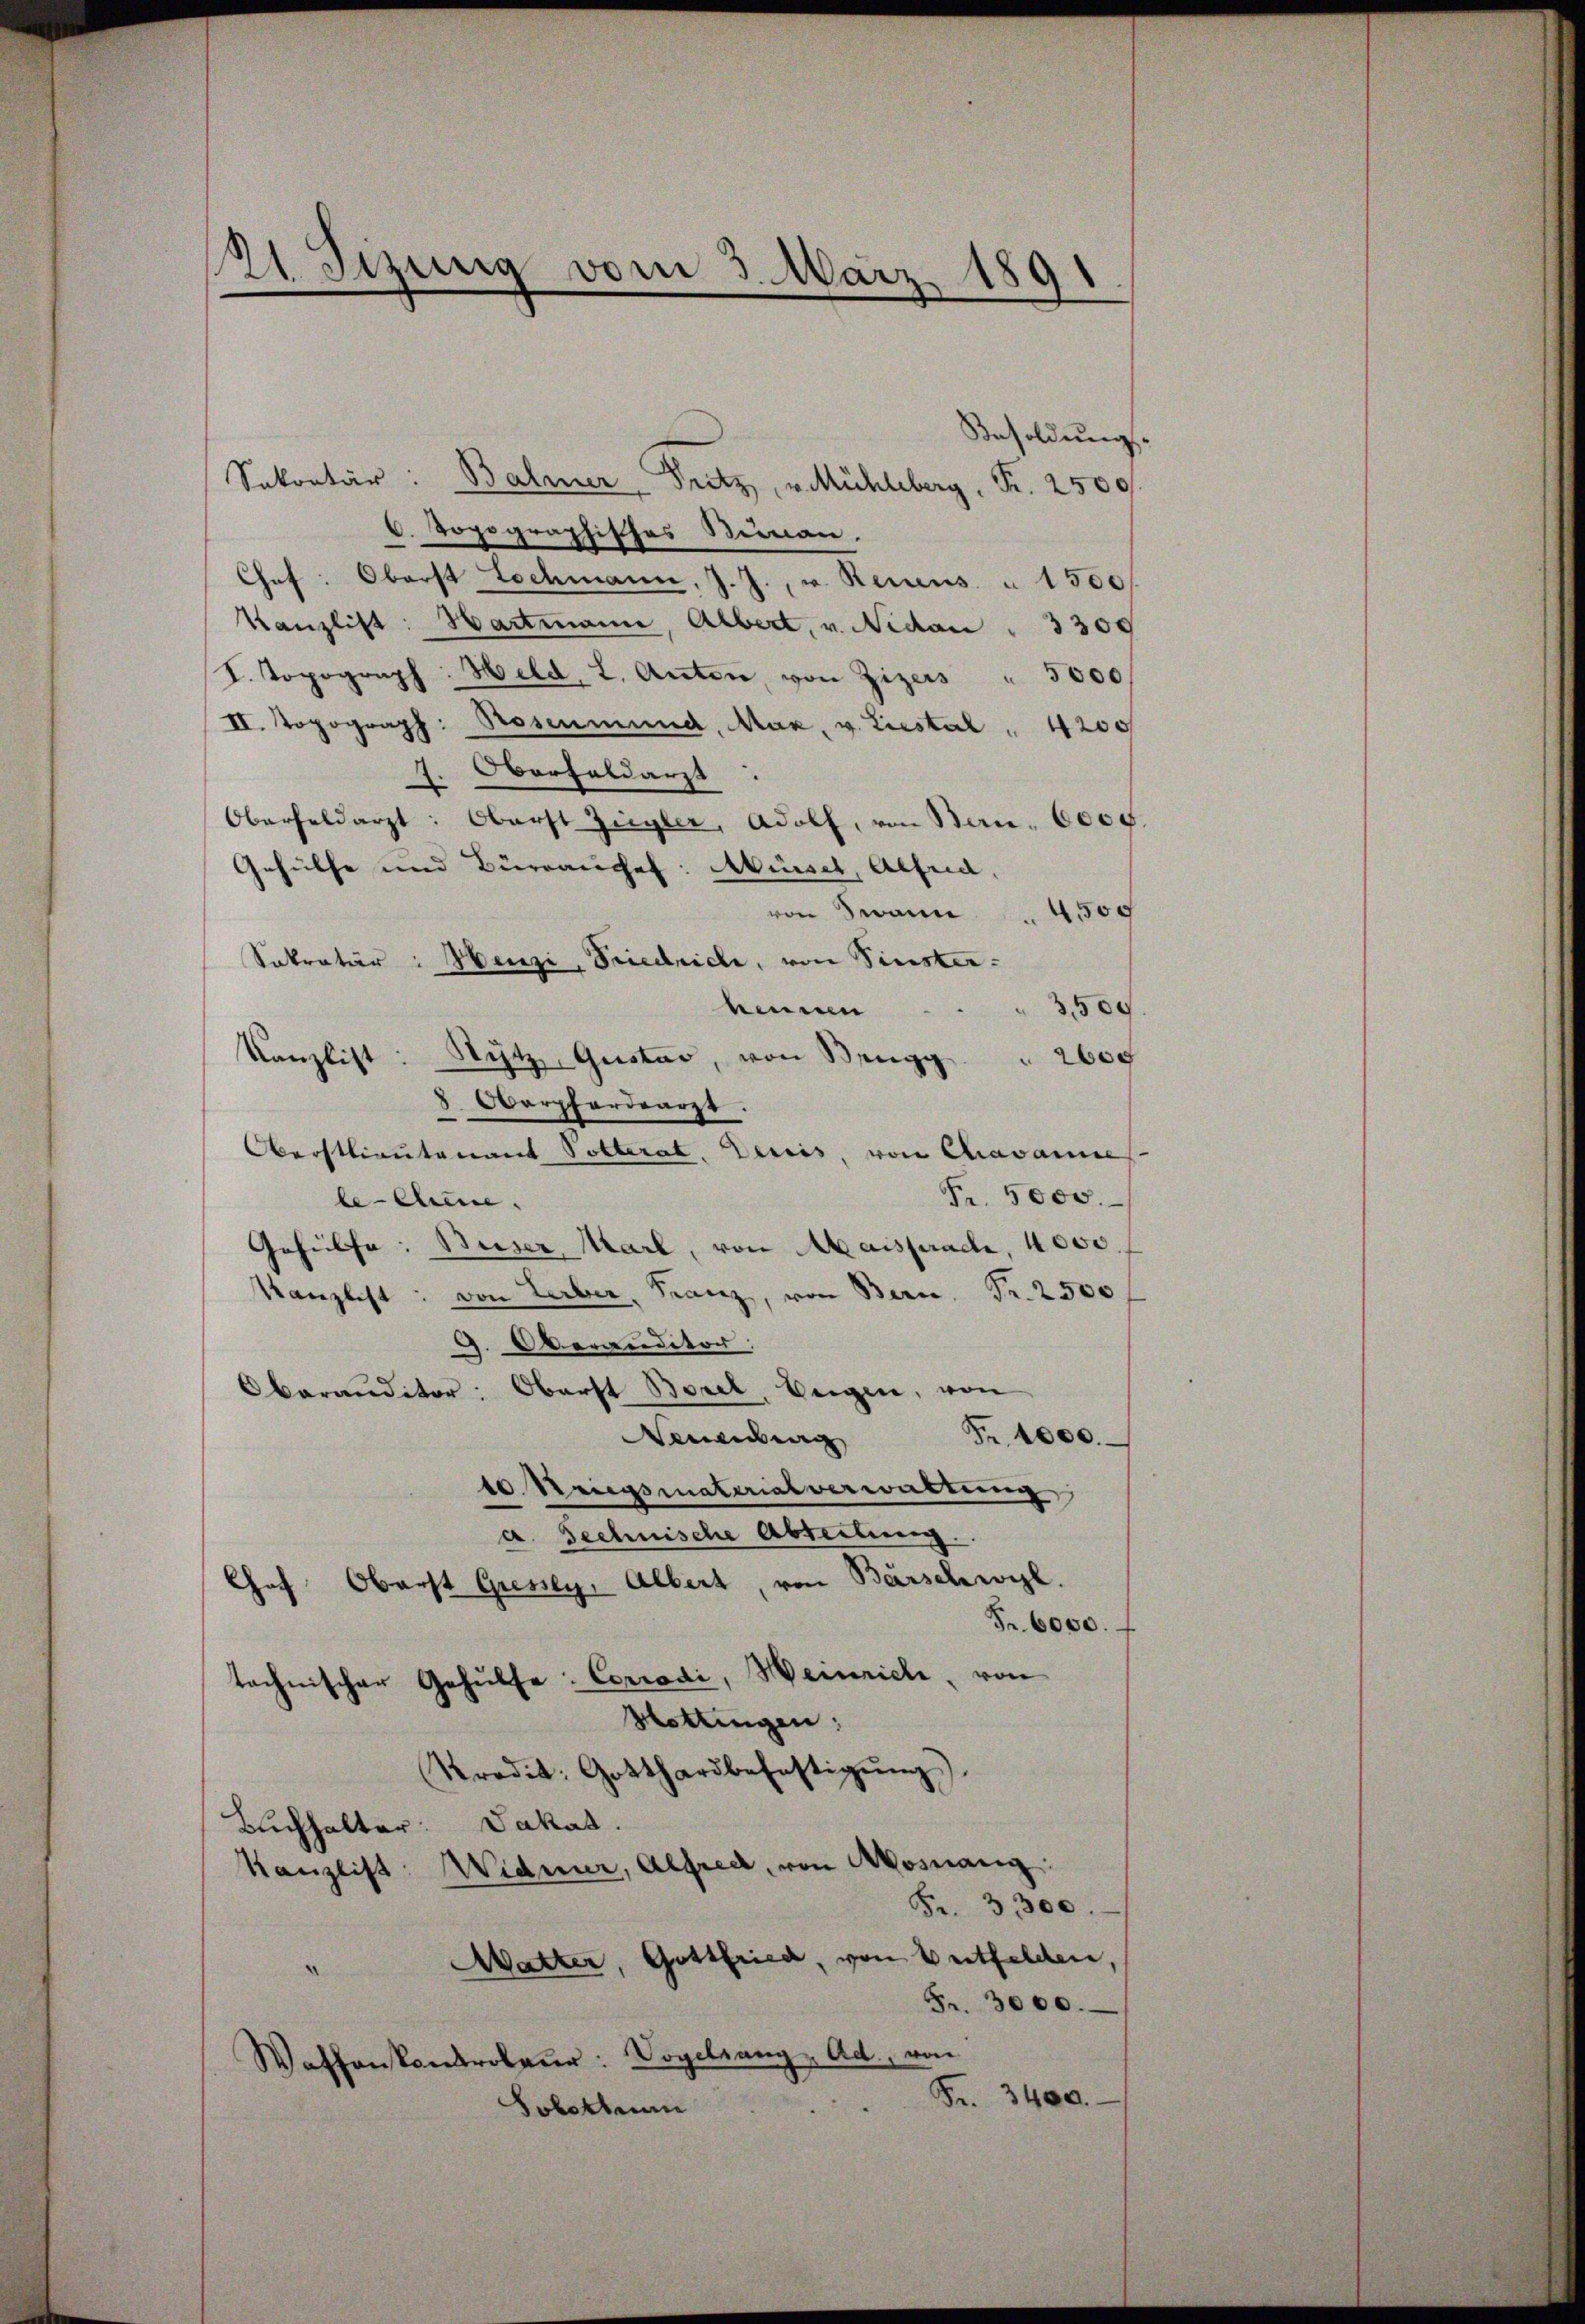
121. Sizung vom 3. März.
8
.
d

Besoldŭng
Sekretär: Balmer-Pritz, v. Mühleberg, Pr. 2500
d. Topographisches Beinan.
Chef: Oberst Lochmann, J. J., v. Recens " 1500f
Kanzlist: Hartmann, Albert, v. Nidau " 3300
I. Topograph Held, I. Anton, von Zizers " 3000
II. Topograph: Rosenmund, Max, v. Liestal " 4200
Oberhaldarzt.
.
Oberfeldarzt: Oberst Ziegler, Adolf, von Bern. 6000
Gehülfe und Bürrauchef: Müssel, Alfred,
von Swann . 4500
Sekretär: Henzi, Friedrich, von Pinster:
heunen . . . 3500.
Kanzlist: Nütz Gustav, von Brugg 2600
8. Oberpfordearzt.
Oberstlieutenant Polterat. Vereis, von Chavannes
Fr. 5000.
le-Chine.
Gehülfe. Beiser Marl, von Maisprach, 4000.
Kanzlist: von Lerber, Franz, von Bern. Pr. 2500
d. Oberanditor
baranditor: Oberst Borel, beigen, von
Fr. 1000.
Neuenburg
10 Kriegsmaterialverwaltung
a. Technische Abteilung
Chef Oberst Gresey, Albert, von Barschwyzl.
Fr. 6000.
technischer Gehülfe: Corrodi, Weinrich von
Hottingen:
Prodit. Gotthardbefestigŭng.)
Buchhalter. Jakat.
Widmer, Alfred, von Mosnang
Kanzlist:
—
Fr. 3300.
Watter, Gottfried, von Entfelden,
A
Fr. 3000.
Waffenskontroleŭr: Vogelsang, Ad., von
Fr. 3400.
Jobotten